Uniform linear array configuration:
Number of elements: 64
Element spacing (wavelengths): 0.25
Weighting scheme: hamming
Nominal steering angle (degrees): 0
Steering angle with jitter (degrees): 0.5368
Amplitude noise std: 0.05
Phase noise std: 0.05

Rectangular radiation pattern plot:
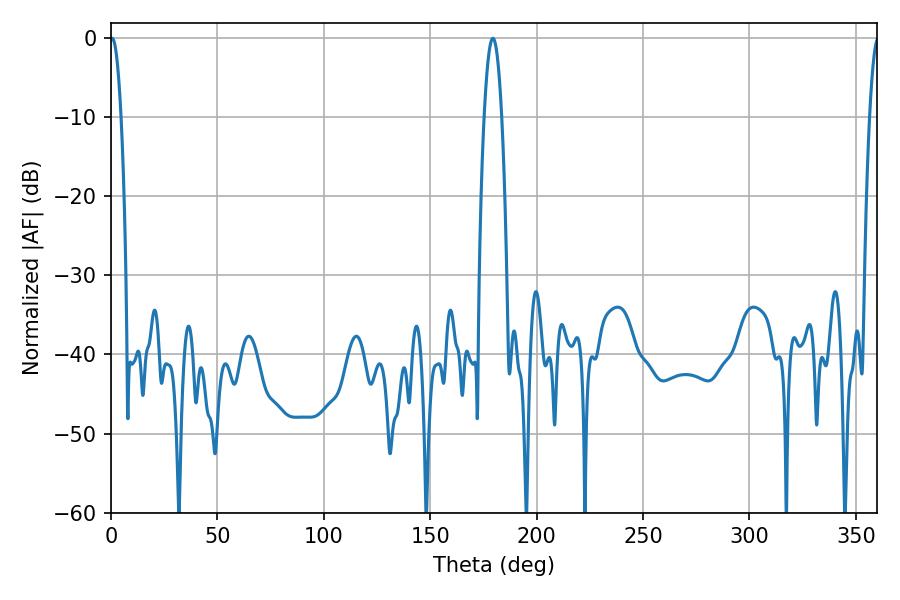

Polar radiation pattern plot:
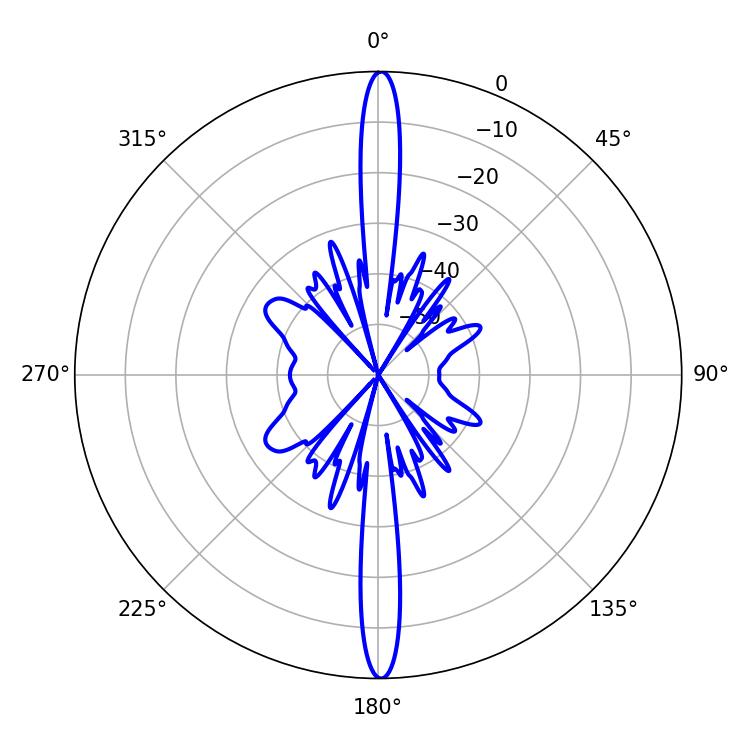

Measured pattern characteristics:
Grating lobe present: FALSE
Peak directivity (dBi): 31.202
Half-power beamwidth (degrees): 2.88
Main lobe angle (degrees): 0.54